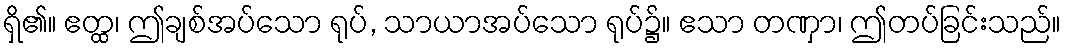
ရှိ၏။ ဧတ္ထ၊ ဤချစ်အပ်သော ရုပ်, သာယာအပ်သော ရုပ်၌။ ဧသာ တဏှာ၊ ဤတပ်ခြင်းသည်။